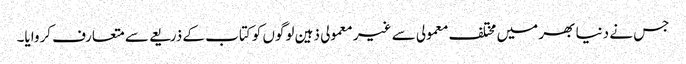
جس نے دنیا بھر میں مختلف معمولی سے غیر معمولی ذہین لوگوں کو کتاب کے ذریعے سے متعارف کروایا۔